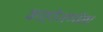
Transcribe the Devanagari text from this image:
काहीजणींना